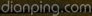
dianping.com